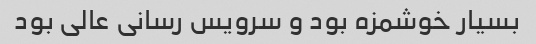
بسیار خوشمزه بود و سرویس رسانی عالی بود